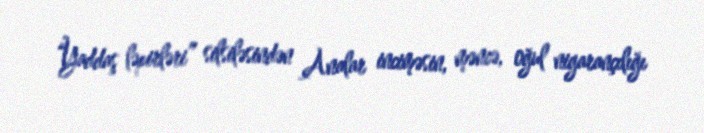
“Yaddaş ləpirləri” silsiləsindən Analar inciməsin, məncə, oğul nigarançılığı